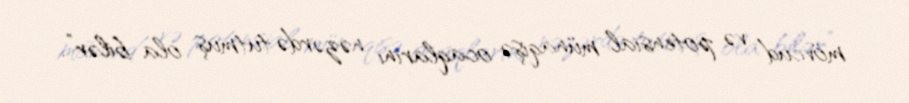
mövcud və potensial münaqişə ocaqlarını nəzərdə tutmuş ola bilər”.